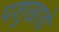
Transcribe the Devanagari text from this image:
पशुखाद्ये